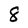
Character: 8